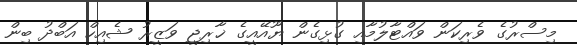
މިސްރުގެ ވެރިކަން ވައްޓާލުމާއި ގުޅިގެން ޔޫއޭއީގެ ޚާރިޖީ ވަޒީރު ޝެއިހް އަބްދު ބިން